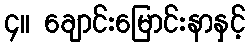
၄။ ချောင်းမြောင်းနာနှင့်